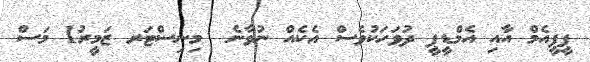
ޕީޕީއެމް އާއި އެމްޑީޕީ ދުވަހަކުވެސް އެކެއް ނުވާނެ  މިނިސްޓަރ ޒަމީރު1 މަސް